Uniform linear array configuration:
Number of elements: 8
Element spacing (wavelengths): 0.25
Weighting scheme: hann
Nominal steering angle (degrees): -15
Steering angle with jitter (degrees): -13.881
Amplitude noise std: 0.05
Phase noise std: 0.05

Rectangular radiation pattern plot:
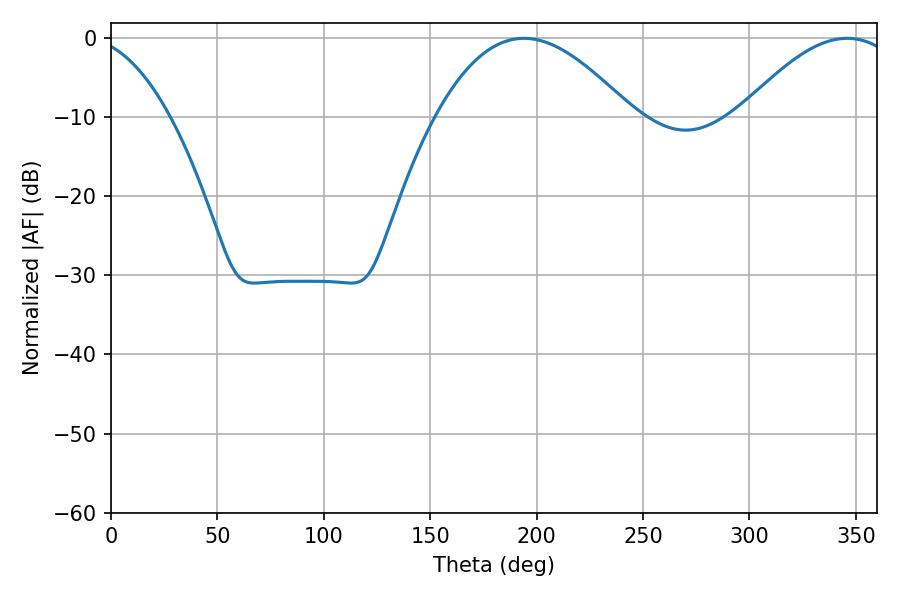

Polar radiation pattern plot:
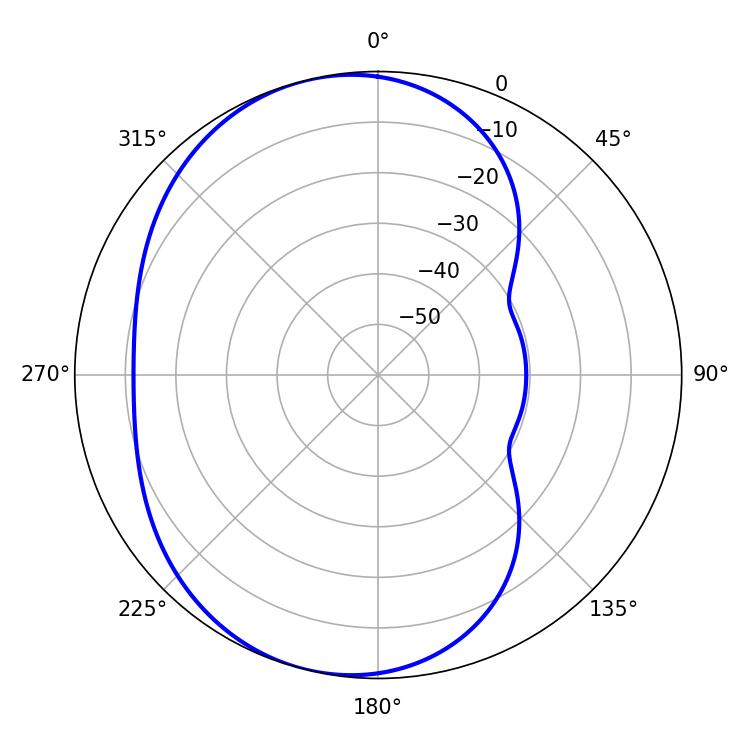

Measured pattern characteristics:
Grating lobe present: FALSE
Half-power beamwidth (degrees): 50.22
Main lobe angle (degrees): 194.04